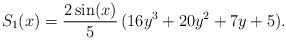
LaTeX: \begin{align*} S_1(x) = \frac{2\sin(x)}{5} \, (16y^3+20y^2+7y+5) . \end{align*}